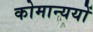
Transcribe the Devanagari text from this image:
कोमान्ययों